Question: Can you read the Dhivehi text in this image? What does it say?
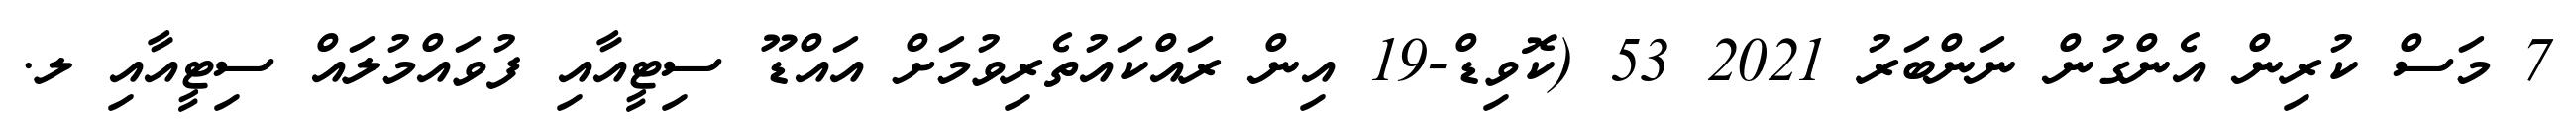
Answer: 7 މަސް ކުރިން އެންގުން ނަންބަރު 2021 53 (ކޮވިޑް-19 އިން ރައްކައުތެރިވުމަށް އައްޑޫ ސިޓީއާއި ފުވައްމުލައް ސިޓީއާއި ލ.